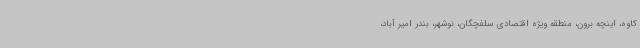
کاوه، اینچه برون، منطقه ویژه اقتصادی سلفچگان، نوشهر، بندر امیر آباد،